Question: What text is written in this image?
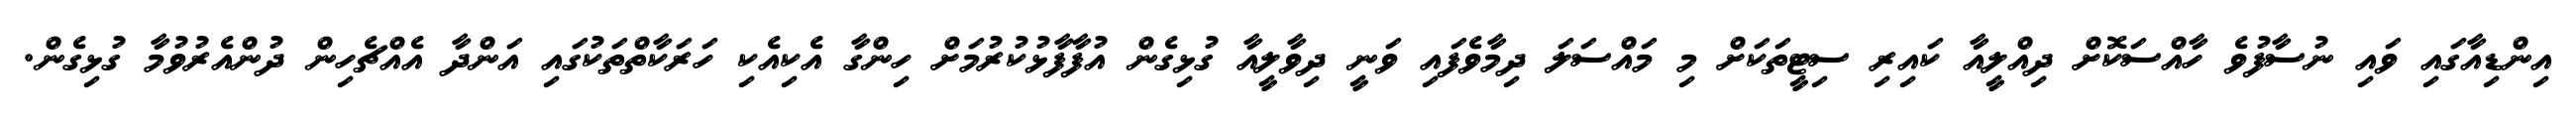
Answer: އިންޑިއާގައި ވައި ނުސާފުވެ ހާއްސަކޮށް ދިއްލީއާ ކައިރި ސިޓީތަކަށް މި މައްސަލަ ދިމާވެފައި ވަނީ ދިވާލީއާ ގުޅިގެން އުފާފާޅުކުރުމަށް ހިންގާ އެކިއެކި ހަރަކާތްތަކުގައި އަންދާ އެއްޗެހިން ދުންއެރުވުމާ ގުޅިގެން.